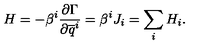
H = - \beta ^ { i } \frac { \partial \Gamma } { \partial \overline { q } ^ { i } } = \beta ^ { i } J _ { i } = \sum _ { i } H _ { i } .